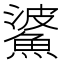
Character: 𩸓